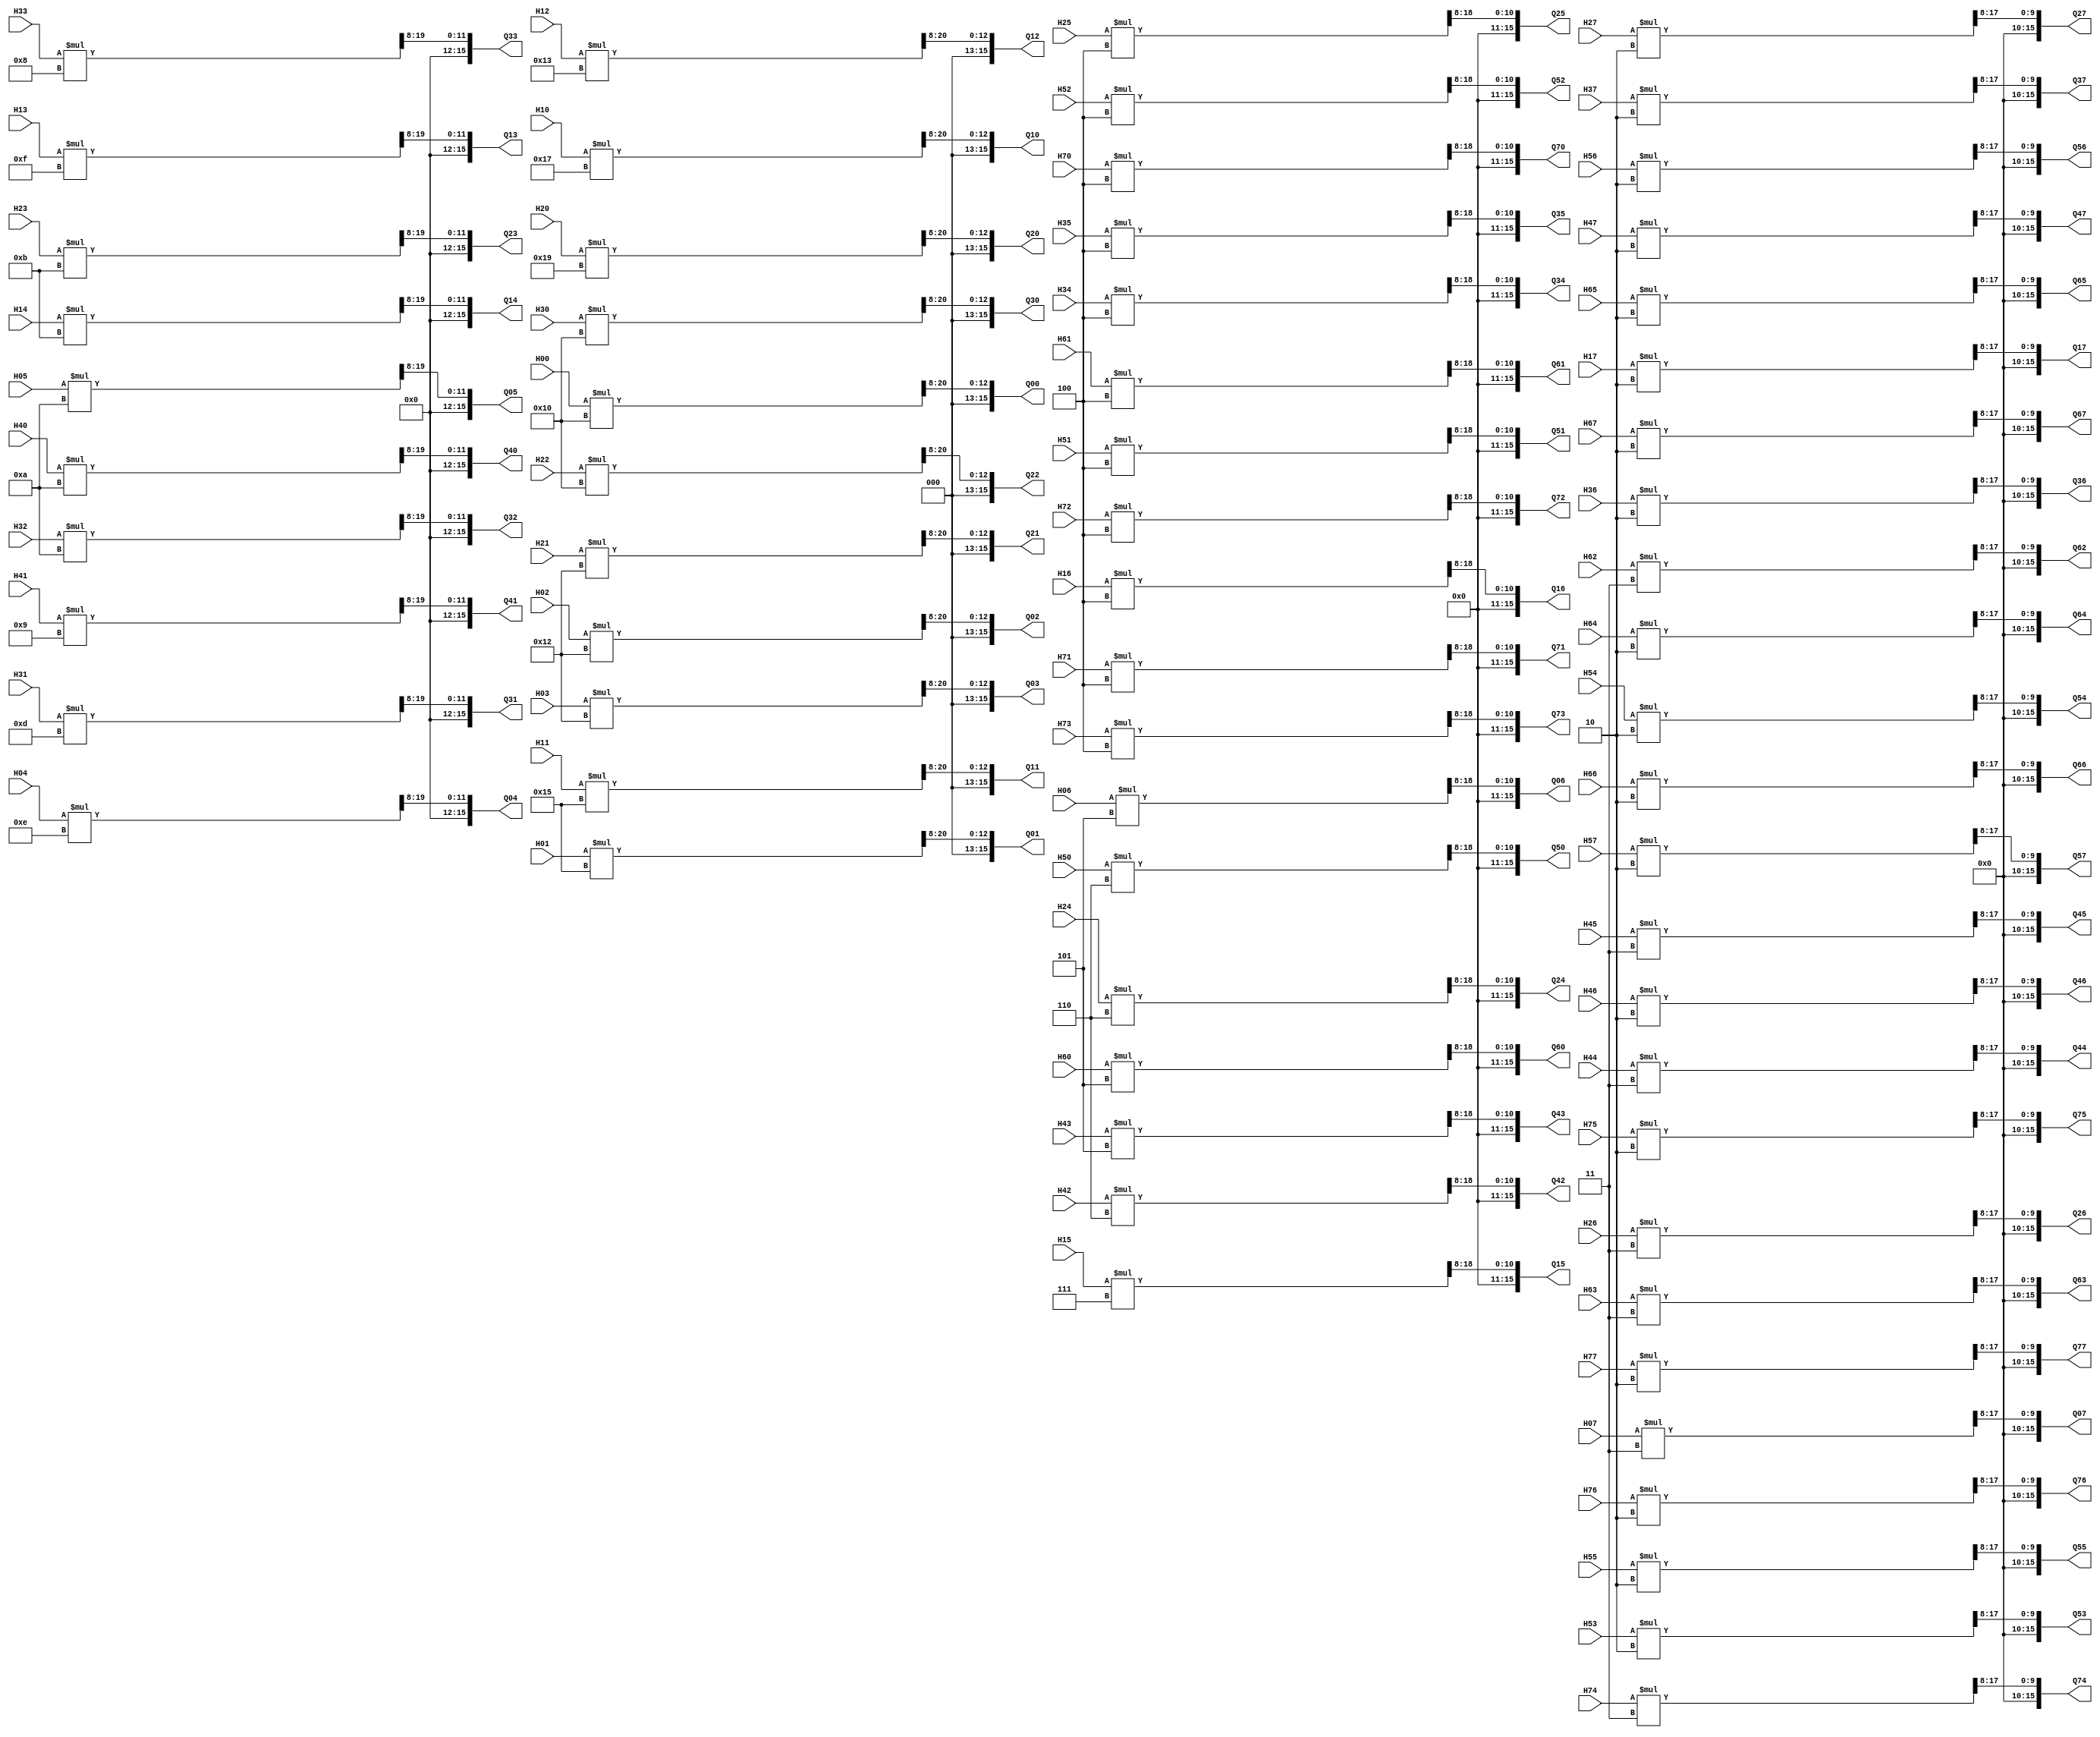
`timescale 1ns / 1ps
//////////////////////////////////////////////////////////////////////////////////
// Company: 
// Engineer: 
// 
// Design Name: 
// Module Name:    Qmuantization 
// Project Name: 
// Target Devices: 
// Tool versions: 
// Description: 
//
// Dependencies: 
//
// Revision: 
// Revision 0.01 - File Created
// Additional Comments: 
//
//////////////////////////////////////////////////////////////////////////////////
module Quantization(
Q00, Q01, Q02, Q03, Q04, Q05, Q06, Q07,
Q10, Q11, Q12, Q13, Q14, Q15, Q16, Q17,
Q20, Q21, Q22, Q23, Q24, Q25, Q26, Q27,
Q30, Q31, Q32, Q33, Q34, Q35, Q36, Q37,
Q40, Q41, Q42, Q43, Q44, Q45, Q46, Q47,
Q50, Q51, Q52, Q53, Q54, Q55, Q56, Q57,
Q60, Q61, Q62, Q63, Q64, Q65, Q66, Q67,
Q70, Q71, Q72, Q73, Q74, Q75, Q76, Q77,

H00, H01, H02, H03, H04, H05, H06, H07,
H10, H11, H12, H13, H14, H15, H16, H17,
H20, H21, H22, H23, H24, H25, H26, H27,
H30, H31, H32, H33, H34, H35, H36, H37,
H40, H41, H42, H43, H44, H45, H46, H47,
H50, H51, H52, H53, H54, H55, H56, H57,
H60, H61, H62, H63, H64, H65, H66, H67,
H70, H71, H72, H73, H74, H75, H76, H77   
);
input[15:0] H00, H01, H02, H03, H04, H05, H06, H07;
input[15:0] H10, H11, H12, H13, H14, H15, H16, H17;
input[15:0] H20, H21, H22, H23, H24, H25, H26, H27;
input[15:0] H30, H31, H32, H33, H34, H35, H36, H37;
input[15:0] H40, H41, H42, H43, H44, H45, H46, H47;
input[15:0] H50, H51, H52, H53, H54, H55, H56, H57;
input[15:0] H60, H61, H62, H63, H64, H65, H66, H67;
input[15:0] H70, H71, H72, H73, H74, H75, H76, H77;

output[15:0] Q00, Q01, Q02, Q03, Q04, Q05, Q06, Q07;
output[15:0] Q10, Q11, Q12, Q13, Q14, Q15, Q16, Q17;
output[15:0] Q20, Q21, Q22, Q23, Q24, Q25, Q26, Q27;
output[15:0] Q30, Q31, Q32, Q33, Q34, Q35, Q36, Q37;
output[15:0] Q40, Q41, Q42, Q43, Q44, Q45, Q46, Q47;
output[15:0] Q50, Q51, Q52, Q53, Q54, Q55, Q56, Q57;
output[15:0] Q60, Q61, Q62, Q63, Q64, Q65, Q66, Q67;
output[15:0] Q70, Q71, Q72, Q73, Q74, Q75, Q76, Q77;

wire[31:0] Qtmp00, Qtmp01, Qtmp02, Qtmp03, Qtmp04, Qtmp05, Qtmp06, Qtmp07;
wire[31:0] Qtmp10, Qtmp11, Qtmp12, Qtmp13, Qtmp14, Qtmp15, Qtmp16, Qtmp17;
wire[31:0] Qtmp20, Qtmp21, Qtmp22, Qtmp23, Qtmp24, Qtmp25, Qtmp26, Qtmp27;
wire[31:0] Qtmp30, Qtmp31, Qtmp32, Qtmp33, Qtmp34, Qtmp35, Qtmp36, Qtmp37;
wire[31:0] Qtmp40, Qtmp41, Qtmp42, Qtmp43, Qtmp44, Qtmp45, Qtmp46, Qtmp47;
wire[31:0] Qtmp50, Qtmp51, Qtmp52, Qtmp53, Qtmp54, Qtmp55, Qtmp56, Qtmp57;
wire[31:0] Qtmp60, Qtmp61, Qtmp62, Qtmp63, Qtmp64, Qtmp65, Qtmp66, Qtmp67;
wire[31:0] Qtmp70, Qtmp71, Qtmp72, Qtmp73, Qtmp74, Qtmp75, Qtmp76, Qtmp77;
wire  [15:0] Qm[7:0][7:0];

assign Qm[0][0]=16'b0000000000010000;
assign Qm[0][1]=16'b0000000000010101;
assign Qm[0][2]=16'b0000000000010010;
assign Qm[0][3]=16'b0000000000010010;
assign Qm[0][4]=16'b0000000000001110;
assign Qm[0][5]=16'b0000000000001010;
assign Qm[0][6]=16'b0000000000000101;
assign Qm[0][7]=16'b0000000000000011;

assign Qm[1][0]=16'b0000000000010111;
assign Qm[1][1]=16'b0000000000010101;
assign Qm[1][2]=16'b0000000000010011;
assign Qm[1][3]=16'b0000000000001111;
assign Qm[1][4]=16'b0000000000001011;
assign Qm[1][5]=16'b0000000000000111;
assign Qm[1][6]=16'b0000000000000100;
assign Qm[1][7]=16'b0000000000000010;

assign Qm[2][0]=16'b0000000000011001;
assign Qm[2][1]=16'b0000000000010010;
assign Qm[2][2]=16'b0000000000010000;
assign Qm[2][3]=16'b0000000000001011;
assign Qm[2][4]=16'b0000000000000110;
assign Qm[2][5]=16'b0000000000000100;
assign Qm[2][6]=16'b0000000000000011;
assign Qm[2][7]=16'b0000000000000010;

assign Qm[3][0]=16'b0000000000010000;
assign Qm[3][1]=16'b0000000000001101;
assign Qm[3][2]=16'b0000000000001010;
assign Qm[3][3]=16'b0000000000001000;
assign Qm[3][4]=16'b0000000000000100;
assign Qm[3][5]=16'b0000000000000100;
assign Qm[3][6]=16'b0000000000000010;
assign Qm[3][7]=16'b0000000000000010;

assign Qm[4][0]=16'b0000000000001010;
assign Qm[4][1]=16'b0000000000001001;
assign Qm[4][2]=16'b0000000000000110;
assign Qm[4][3]=16'b0000000000000101;
assign Qm[4][4]=16'b0000000000000011;
assign Qm[4][5]=16'b0000000000000011;
assign Qm[4][6]=16'b0000000000000010;
assign Qm[4][7]=16'b0000000000000010;


assign Qm[5][0]=16'b0000000000000110;
assign Qm[5][1]=16'b0000000000000100;
assign Qm[5][2]=16'b0000000000000100;
assign Qm[5][3]=16'b0000000000000010;
assign Qm[5][4]=16'b0000000000000010;
assign Qm[5][5]=16'b0000000000000010;
assign Qm[5][6]=16'b0000000000000010;
assign Qm[5][7]=16'b0000000000000010;

assign Qm[6][0]=16'b0000000000000101;
assign Qm[6][1]=16'b0000000000000100;
assign Qm[6][2]=16'b0000000000000011;
assign Qm[6][3]=16'b0000000000000011;
assign Qm[6][4]=16'b0000000000000010;
assign Qm[6][5]=16'b0000000000000010;
assign Qm[6][6]=16'b0000000000000010;
assign Qm[6][7]=16'b0000000000000010;


assign Qm[7][0]=16'b0000000000000100;
assign Qm[7][1]=16'b0000000000000100;
assign Qm[7][2]=16'b0000000000000100;
assign Qm[7][3]=16'b0000000000000100;
assign Qm[7][4]=16'b0000000000000011;
assign Qm[7][5]=16'b0000000000000010;
assign Qm[7][6]=16'b0000000000000010;
assign Qm[7][7]=16'b0000000000000010;

assign Qtmp00=H00*Qm[0][0];
assign Qtmp01=H01*Qm[0][1];
assign Qtmp02=H02*Qm[0][2];
assign Qtmp03=H03*Qm[0][3];
assign Qtmp04=H04*Qm[0][4];
assign Qtmp05=H05*Qm[0][5];
assign Qtmp06=H06*Qm[0][6];
assign Qtmp07=H07*Qm[0][7];

assign Qtmp10=H10*Qm[1][0];
assign Qtmp11=H11*Qm[1][1];
assign Qtmp12=H12*Qm[1][2];
assign Qtmp13=H13*Qm[1][3];
assign Qtmp14=H14*Qm[1][4];
assign Qtmp15=H15*Qm[1][5];
assign Qtmp16=H16*Qm[1][6];
assign Qtmp17=H17*Qm[1][7];

assign Qtmp20=H20*Qm[2][0];
assign Qtmp21=H21*Qm[2][1];
assign Qtmp22=H22*Qm[2][2];
assign Qtmp23=H23*Qm[2][3];
assign Qtmp24=H24*Qm[2][4];
assign Qtmp25=H25*Qm[2][5];
assign Qtmp26=H26*Qm[2][6];
assign Qtmp27=H27*Qm[2][7];

assign Qtmp30=H30*Qm[3][0];
assign Qtmp31=H31*Qm[3][1];
assign Qtmp32=H32*Qm[3][2];
assign Qtmp33=H33*Qm[3][3];
assign Qtmp34=H34*Qm[3][4];
assign Qtmp35=H35*Qm[3][5];
assign Qtmp36=H36*Qm[3][6];
assign Qtmp37=H37*Qm[3][7];

assign Qtmp40=H40*Qm[4][0];
assign Qtmp41=H41*Qm[4][1];
assign Qtmp42=H42*Qm[4][2];
assign Qtmp43=H43*Qm[4][3];
assign Qtmp44=H44*Qm[4][4];
assign Qtmp45=H45*Qm[4][5];
assign Qtmp46=H46*Qm[4][6];
assign Qtmp47=H47*Qm[4][7];

assign Qtmp50=H50*Qm[5][0];
assign Qtmp51=H51*Qm[5][1];
assign Qtmp52=H52*Qm[5][2];
assign Qtmp53=H53*Qm[5][3];
assign Qtmp54=H54*Qm[5][4];
assign Qtmp55=H55*Qm[5][5];
assign Qtmp56=H56*Qm[5][6];
assign Qtmp57=H57*Qm[5][7];

assign Qtmp60=H60*Qm[6][0];
assign Qtmp61=H61*Qm[6][1];
assign Qtmp62=H62*Qm[6][2];
assign Qtmp63=H63*Qm[6][3];
assign Qtmp64=H64*Qm[6][4];
assign Qtmp65=H65*Qm[6][5];
assign Qtmp66=H66*Qm[6][6];
assign Qtmp67=H67*Qm[6][7];

assign Qtmp70=H70*Qm[7][0];
assign Qtmp71=H71*Qm[7][1];
assign Qtmp72=H72*Qm[7][2];
assign Qtmp73=H73*Qm[7][3];
assign Qtmp74=H74*Qm[7][4];
assign Qtmp75=H75*Qm[7][5];
assign Qtmp76=H76*Qm[7][6];
assign Qtmp77=H77*Qm[7][7];

assign Q00= Qtmp00[23:8];
assign Q01= Qtmp01[23:8];
assign Q02= Qtmp02[23:8];
assign Q03= Qtmp03[23:8];
assign Q04= Qtmp04[23:8];
assign Q05= Qtmp05[23:8];
assign Q06= Qtmp06[23:8];
assign Q07= Qtmp07[23:8];

assign Q10= Qtmp10[23:8];
assign Q11= Qtmp11[23:8];
assign Q12= Qtmp12[23:8];
assign Q13= Qtmp13[23:8];
assign Q14= Qtmp14[23:8];
assign Q15= Qtmp15[23:8];
assign Q16= Qtmp16[23:8];
assign Q17= Qtmp17[23:8];

assign Q20= Qtmp20[23:8];
assign Q21= Qtmp21[23:8];
assign Q22= Qtmp22[23:8];
assign Q23= Qtmp23[23:8];
assign Q24= Qtmp24[23:8];
assign Q25= Qtmp25[23:8];
assign Q26= Qtmp26[23:8];
assign Q27= Qtmp27[23:8];

assign Q30= Qtmp30[23:8];
assign Q31= Qtmp31[23:8];
assign Q32= Qtmp32[23:8];
assign Q33= Qtmp33[23:8];
assign Q34= Qtmp34[23:8];
assign Q35= Qtmp35[23:8];
assign Q36= Qtmp36[23:8];
assign Q37= Qtmp37[23:8];

assign Q40= Qtmp40[23:8];
assign Q41= Qtmp41[23:8];
assign Q42= Qtmp42[23:8];
assign Q43= Qtmp43[23:8];
assign Q44= Qtmp44[23:8];
assign Q45= Qtmp45[23:8];
assign Q46= Qtmp46[23:8];
assign Q47= Qtmp47[23:8];

assign Q50= Qtmp50[23:8];
assign Q51= Qtmp51[23:8];
assign Q52= Qtmp52[23:8];
assign Q53= Qtmp53[23:8];
assign Q54= Qtmp54[23:8];
assign Q55= Qtmp55[23:8];
assign Q56= Qtmp56[23:8];
assign Q57= Qtmp57[23:8];

assign Q60= Qtmp60[23:8];
assign Q61= Qtmp61[23:8];
assign Q62= Qtmp62[23:8];
assign Q63= Qtmp63[23:8];
assign Q64= Qtmp64[23:8];
assign Q65= Qtmp65[23:8];
assign Q66= Qtmp66[23:8];
assign Q67= Qtmp67[23:8];

assign Q70= Qtmp70[23:8];
assign Q71= Qtmp71[23:8];
assign Q72= Qtmp72[23:8];
assign Q73= Qtmp73[23:8];
assign Q74= Qtmp74[23:8];
assign Q75= Qtmp75[23:8];
assign Q76= Qtmp76[23:8];
assign Q77= Qtmp77[23:8];


endmodule